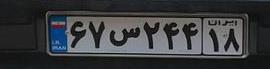
۶۷س۲۴۴۱۸